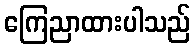
ကြေညာထားပါသည်